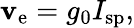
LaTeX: \mathbf{v}_{\mathrm{{e}}}=g_{0}I_{\mathrm{{sp}}},